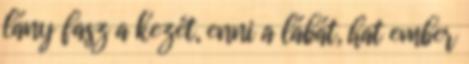
lány fasz a kezét, enni a lábát, hat ember